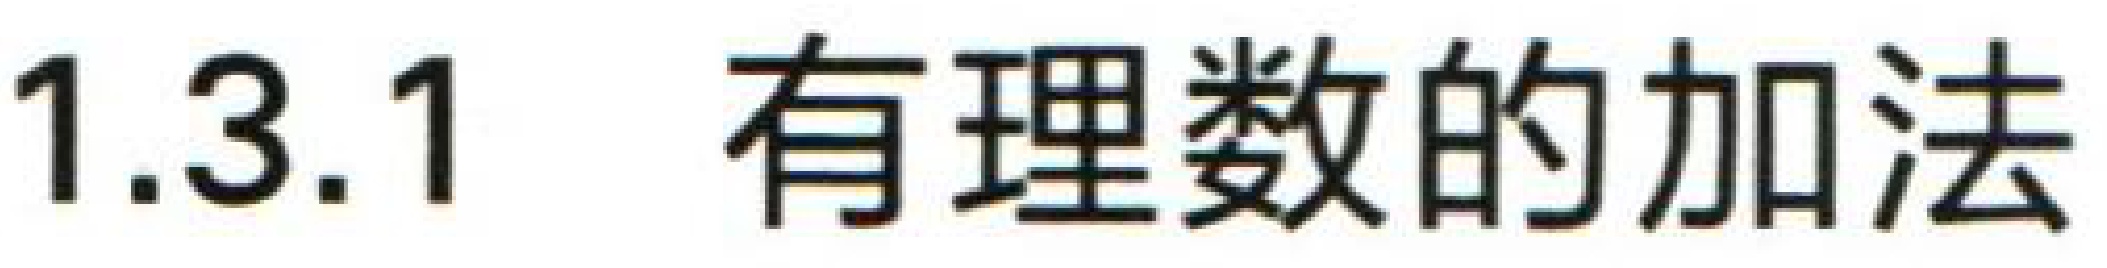
1.3.1 有理数的加法